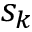
s _ { k }